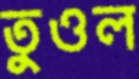
তুওল